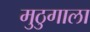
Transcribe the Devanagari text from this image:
मुठुगाला